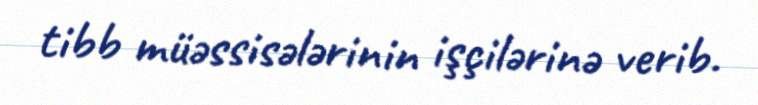
tibb müəssisələrinin işçilərinə verib.